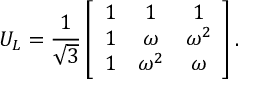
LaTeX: U _ { L } = { \frac { 1 } { \sqrt 3 } } \left[ \begin{array} { c c c } { { 1 } } & { { 1 } } & { { 1 } } \\ { { 1 } } & { { \omega } } & { { \omega ^ { 2 } } } \\ { { 1 } } & { { \omega ^ { 2 } } } & { { \omega } } \end{array} \right] .